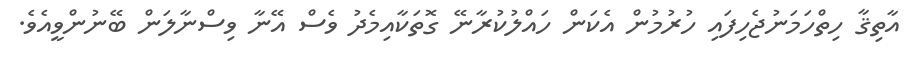
އާތިޤާ ހިތްހަމަނުޖެހިފައި ހުރުމުން އެކަން ހައްލުކުރާނޭ ގޮތަކާއިމެދު ވެސް އޭނާ ވިސްނާލަން ބޭނުންވީއެވެ.